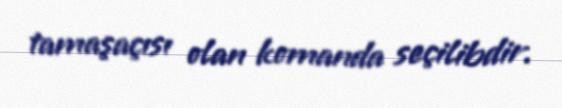
tamaşaçısı olan komanda seçilibdir.